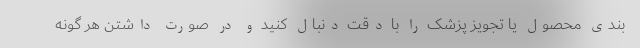
بندی محصول یا تجویز پزشک را با دقت دنبال کنید و در صورت داشتن هر گونه